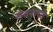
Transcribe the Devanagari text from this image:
सेवनाची